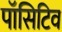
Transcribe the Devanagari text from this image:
पॉसिटिव